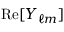
{ \mathrm { R e } } [ Y _ { \ell m } ]